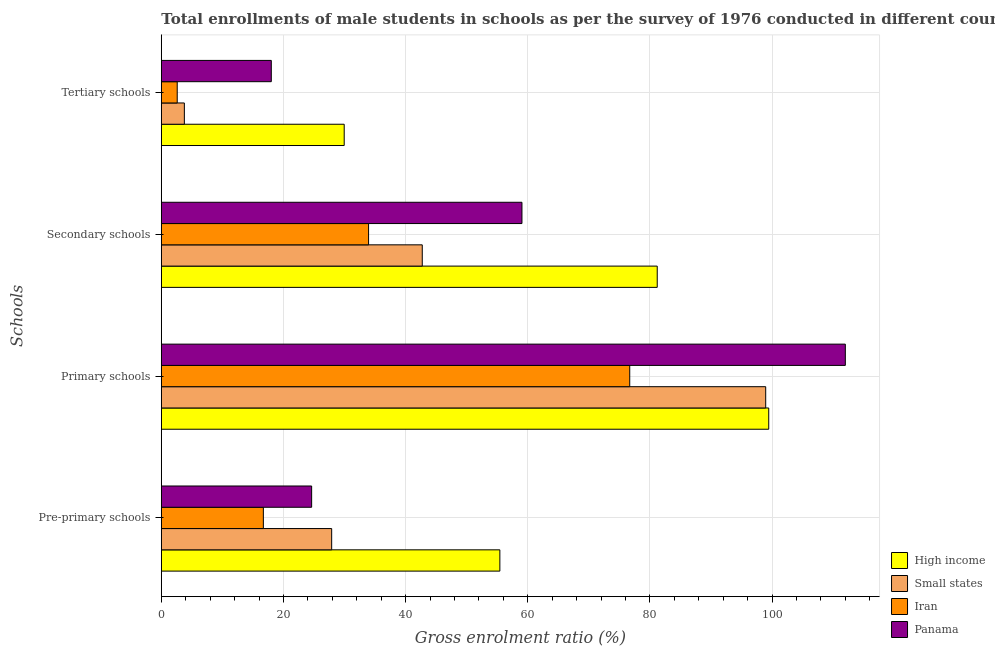
| Schools | High income | Small states | Iran | Panama |
 | --- | --- | --- | --- | --- |
 | Pre-primary schools | 55.4 | 27.9 | 16.7 | 24.6 |
 | Primary schools | 99.5 | 99 | 76.7 | 112 |
 | Secondary schools | 81.2 | 42.7 | 33.9 | 59.1 |
 | Tertiary schools | 29.9 | 3.77 | 2.61 | 18 |